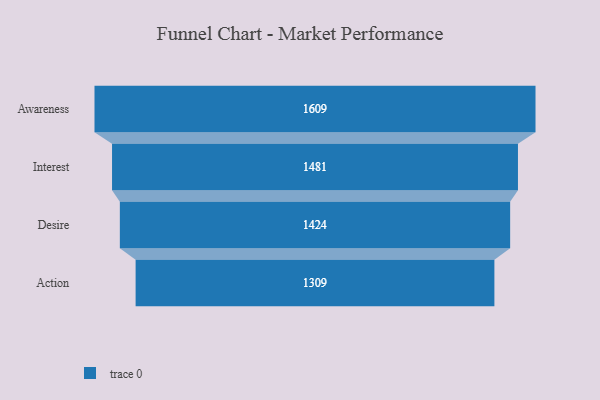
{"axis": {"x": "Stage", "y": "Value"}, "legend": [""], "data": [{"x": "Awareness", "y": 1609.0, "type": ""}, {"x": "Interest", "y": 1481.0, "type": ""}, {"x": "Desire", "y": 1424.0, "type": ""}, {"x": "Action", "y": 1309.0, "type": ""}]}